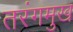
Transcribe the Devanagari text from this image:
तरंगमुख